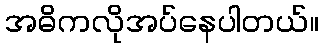
အဓိကလိုအပ်နေပါတယ်။